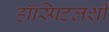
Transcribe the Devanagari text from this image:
हॉस्पिटलशी